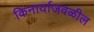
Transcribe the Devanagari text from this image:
किनार्याजवळील